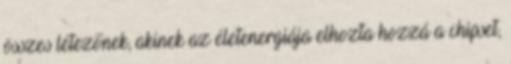
összes létezőnek, akinek az életenergiája elhozta hozzá a chipset,